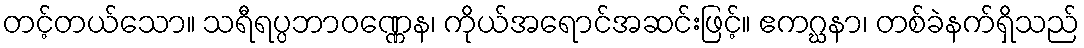
တင့်တယ်သော။ သရီရပ္ပဘာဝဏ္ဏေန၊ ကိုယ်အရောင်အဆင်းဖြင့်။ ဧကဂ္ဃနာ၊ တစ်ခဲနက်ရှိသည်